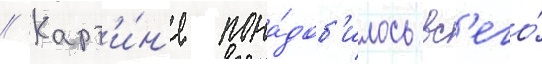
// Карт'и́н'е пона́доб'илось вс'его́